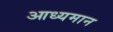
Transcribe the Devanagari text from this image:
आध्यमान